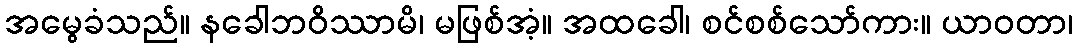
အမွေခံသည်။ နခေါဘဝိဿာမိ၊ မဖြစ်အံ့။ အထခေါ၊ စင်စစ်သော်ကား။ ယာဝတာ၊